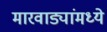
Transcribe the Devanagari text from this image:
मारवाड्यांमध्ये